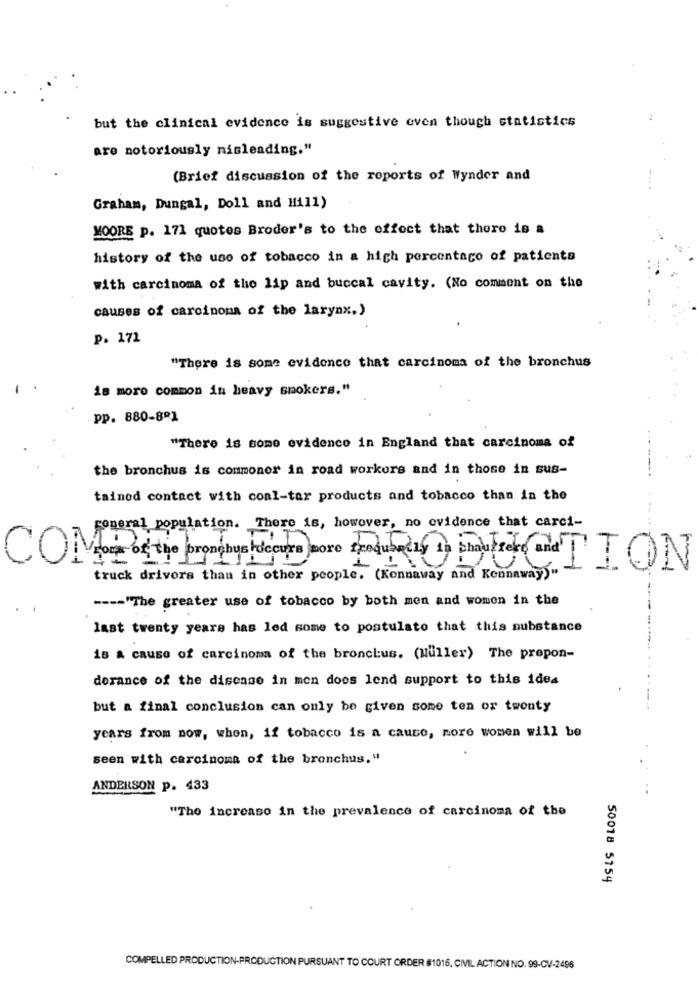
but the clinical evidence is suggestive even though statistics
are notoriously misleading."
(Brief discussion of the reports of Wynder and
Graham, Dungal, Doll and Hill)
MOORE p. 171 quotes Broder's to the effect that thoro is a
history of the use of tobacco in a high percentage of patients
with carcinoma of the lip and buccal cavity. (No comment on the
causes of carcinoma of the larynx.)
P. 171
"There is some evidence that carcinoma of the bronchus
is moro common in heavy smokers."
pp. 880-8º1
"There is some evidence in England that carcinoma of
the bronchus is commoner in road workers and in those in sus-
tainod contact with coal-tar products and tobacco than in the
romeral population. There is, however, no evidence that carci-
COMO of the bronchus tucours more frequently in chauffer andTION
1
truck drivers than in other people. (Konnaway and Kennaway)"
---- "The greater use of tobacco by both men and women in the
last twenty years has led some to postulato that this substance
18 & cause of carcinoma of the bronclus. (Muller) The prepon-
dorance of the disease in mon does lend support to this idea
but a final conclusion can only be given some ten or twenty
years from now, when, if tobacco is a cause, more women will be
seen with carcinoma of the bronchus."
ANDERSON p. 433
"The increase in the prevalence of carcinoma of the
50018 5154
COMPELLED PRODUCTION-PRODUCTION PURSUANT TO COURT ORDER #1015, CIVIL ACTION NO. 99-CV-2496